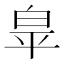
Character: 𭽏